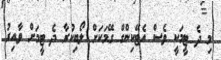
މި ދެ ޓީމަކީ ވެސް އެޓޭކިންގް ގޭމަކަށް ލޯބިކުރާ ދެ ޓީމަށް ވާއިރު